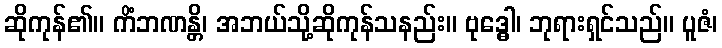
ဆိုကုန်၏။ ကိံဘဏန္တိ၊ အဘယ်သို့ဆိုကုန်သနည်း။ ဗုဒ္ဓေါ၊ ဘုရားရှင်သည်။ ပူဇံ၊